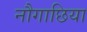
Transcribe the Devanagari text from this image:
नौगाछिया